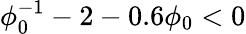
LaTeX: \phi_{0}^{-1}-2-0.6\phi_{0}<0